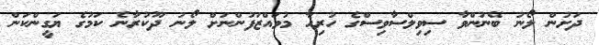
ދަށުން ލޯނު ބޭނުންވާ ސިވިލްސާވިސްގެ ހުރިހާ މުވައްޒަފުންނަށް ލޯނު ދޫކުރާނެ ކަމުގެ ޔަގީންކަން